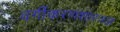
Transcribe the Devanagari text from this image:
वर्गीकरणशास्त्रज्ञ